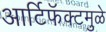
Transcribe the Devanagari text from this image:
आर्टिफॅक्टमुळे